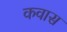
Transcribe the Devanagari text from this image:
कवास